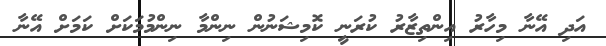
އަދި އޭނާ މިހާރު އިންތިޒާރު ކުރަނީ ކޮމިޝަނުން ނިންމާ ނިންމުމަކަށް ކަމަށް އޭނާ